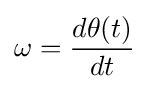
\omega ={\frac {d\theta (t)}{dt}}